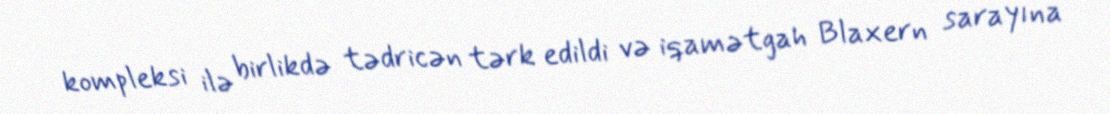
kompleksi ilə birlikdə tədricən tərk edildi və iqamətgah Blaxern sarayına